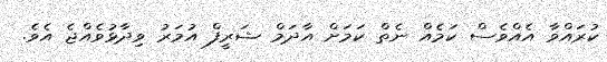
ކުރައްވާ އެއްވެސް ކަމެއް ނެތް ކަމަށް އާދަމް ޝަރީފް އުމަރު ވިދާޅުވެއްޖެ އެވެ.